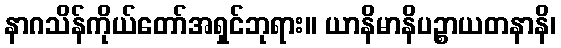
နာဂသိန်ကိုယ်တော်အရှင်ဘုရား။ ယာနိမာနိပဉ္စာယတနာနိ၊